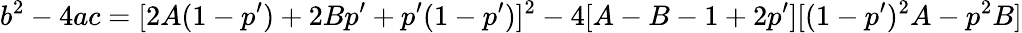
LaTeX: b^{2}-4ac=[2A(1-p^{\prime})+2Bp^{\prime}+p^{\prime}(1-p^{\prime})]^{2}-4[A-B-1+2p^{\prime}][(1-p^{\prime})^{2}A-p^{2}B]